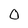
Character: 0